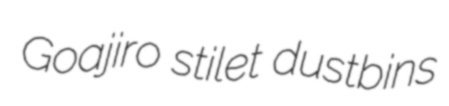
Goajiro stilet dustbins